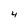
Character: 4